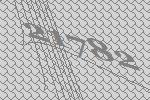
21782